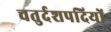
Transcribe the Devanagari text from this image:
चतुर्दशपदियों